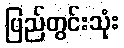
ပြည်တွင်းသုံး